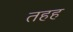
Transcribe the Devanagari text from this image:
तहह